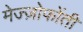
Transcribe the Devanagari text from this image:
मेज्ज़ोफोंती